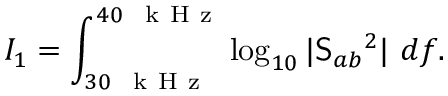
I _ { 1 } = \int _ { 3 0 ~ \mathrm { ~ k ~ H ~ z ~ } } ^ { 4 0 ~ \mathrm { ~ k ~ H ~ z ~ } } \log _ { 1 0 } | \mathsf { S } _ { a b } { } ^ { 2 } | ~ d f .